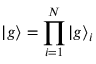
\ensuremath { | g \rangle } = \prod _ { i = 1 } ^ { N } \ensuremath { | g \rangle } _ { i }